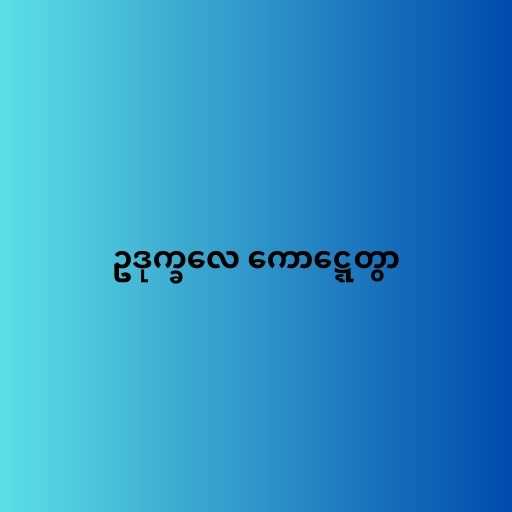
ဥဒုက္ခလေ ကောဋ္ဋေတွာ